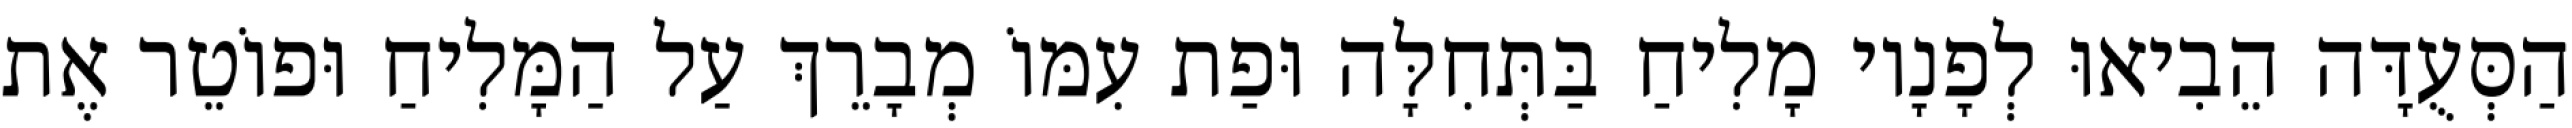
הַסְּעֻדָּה הֵבִיאוּ לְפָנָיו מָלִיחַ בַּתְּחִלָּה וּפַת עִמּוֹ מְבָרֵךְ עַל הַמָּלִיחַ וּפוֹטֵר אֶת